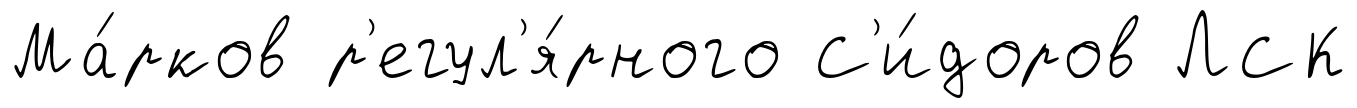
Ма́рков р'егул'я́рного С'и́доров ЛСК